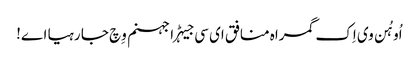
اُو ہُن وی اِک گمراہ منافق ای سی جیہڑا جہنم وِچ جا رہیا اے!